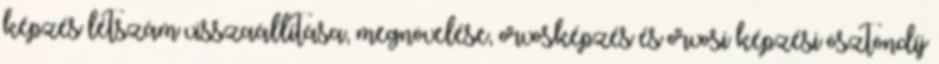
képzés létszám visszaállítása, megnövelése, orvosképzés és orvosi képzési ösztöndíj